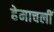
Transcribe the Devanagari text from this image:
हेमाचलीं